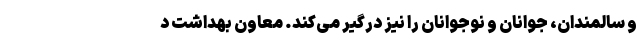
و سالمندان، جوانان و نوجوانان را نیز درگیر می‌کند. معاون بهداشت د